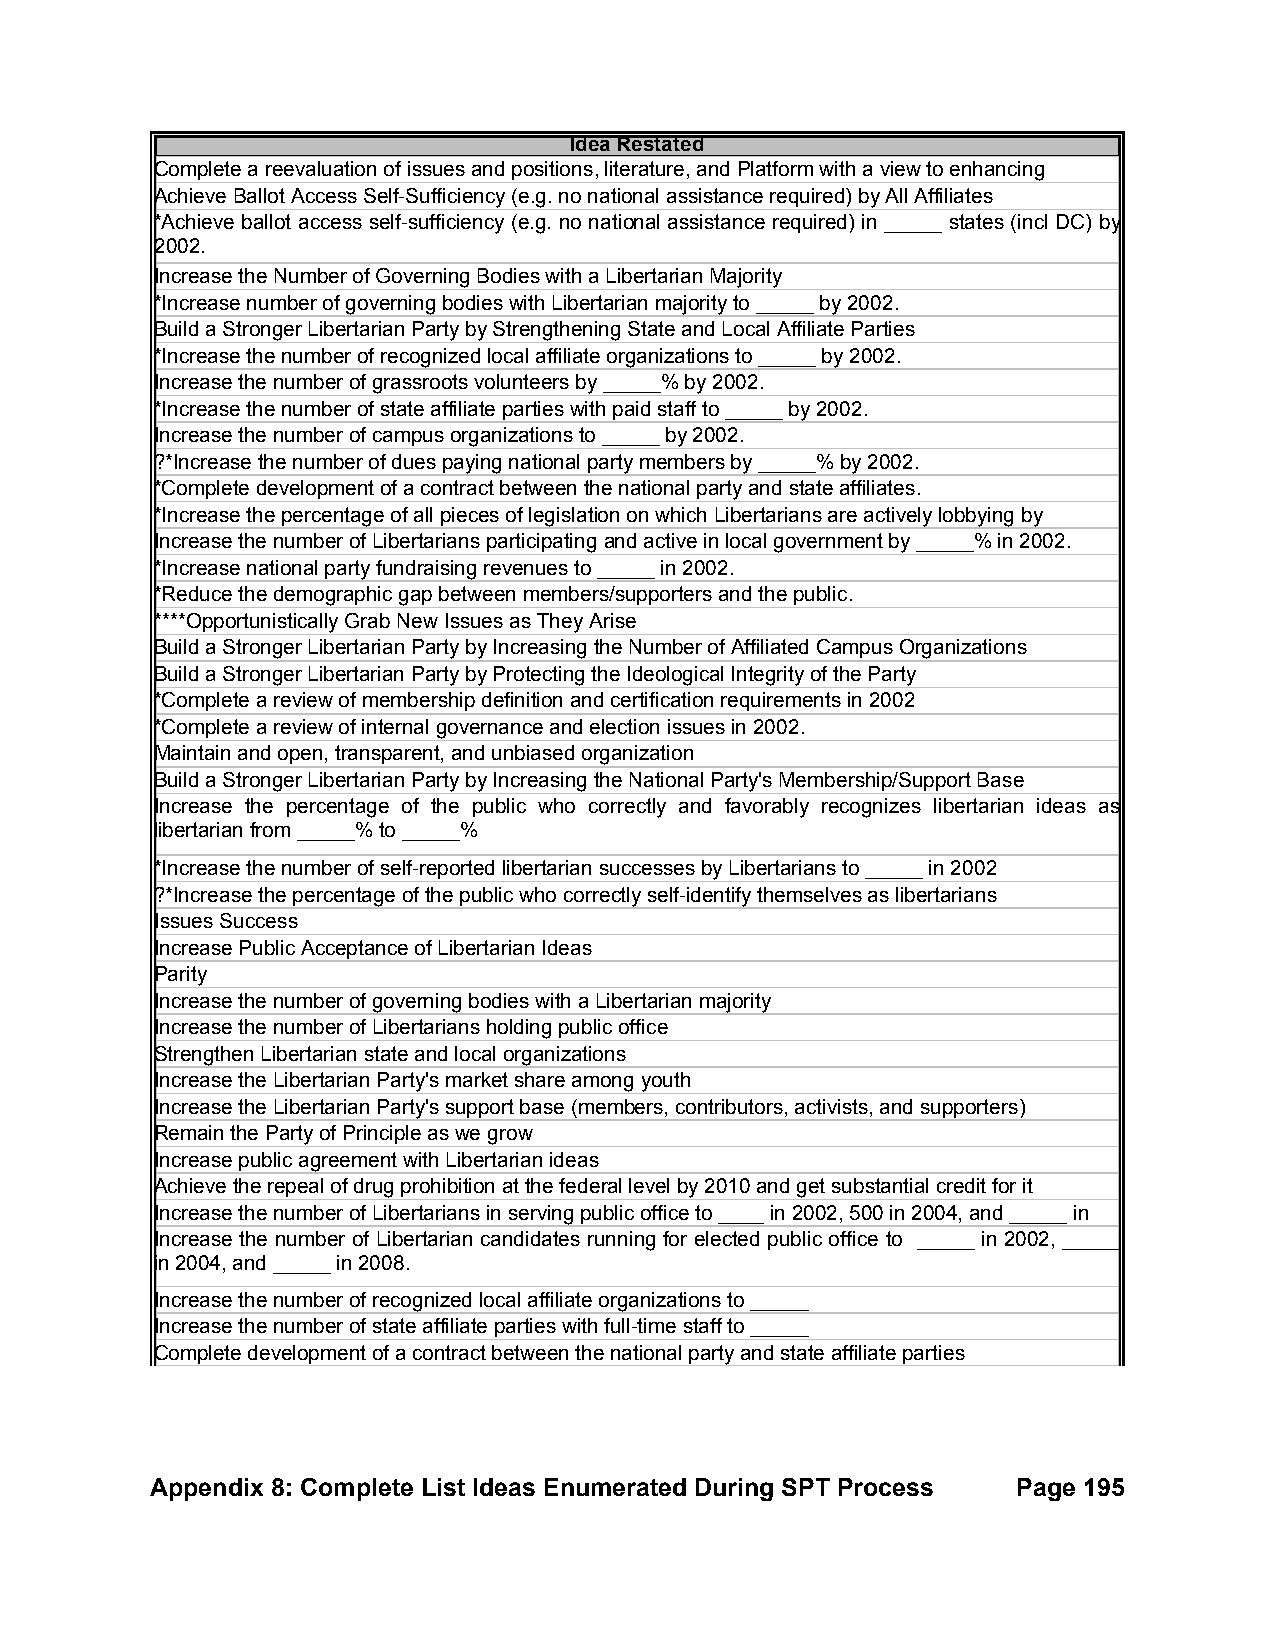
Idea Restated
 Complete a reevaluation of issues and positions, literature, and Platform with a view to enhancing
 Achieve Ballot Access Self-Sufficiency (e.g. no national assistance required) by All Affiliates
 *Achieve ballot access self-sufficiency (e.g. no national assistance required) in _____ states (incl DC) by
 2002.
 Increase the Number of Governing Bodies with a Libertarian Majority
 *Increase number of governing bodies with Libertarian majority to _____ by 2002.
 Build a Stronger Libertarian Party by Strengthening State and Local Affiliate Parties
 *Increase the number of recognized local affiliate organizations to _____ by 2002.
 Increase the number of grassroots volunteers by _____% by 2002.
 *Increase the number of state affiliate parties with paid staff to _____ by 2002.
 Increase the number of campus organizations to _____ by 2002.
 ?*Increase the number of dues paying national party members by _____% by 2002.
 *Complete development of a contract between the national party and state affiliates.
 *Increase the percentage of all pieces of legislation on which Libertarians are actively lobbying by
 Increase the number of Libertarians participating and active in local government by _____% in 2002.
 *Increase national party fundraising revenues to _____ in 2002.
 *Reduce the demographic gap between members/supporters and the public.
 ****Opportunistically Grab New Issues as They Arise
 Build a Stronger Libertarian Party by Increasing the Number of Affiliated Campus Organizations
 Build a Stronger Libertarian Party by Protecting the Ideological Integrity of the Party
 *Complete a review of membership definition and certification requirements in 2002
 *Complete a review of internal governance and election issues in 2002.
 Maintain and open, transparent, and unbiased organization
 Build a Stronger Libertarian Party by Increasing the National Party's Membership/Support Base
 Increase the percentage of the public who correctly and favorably recognizes libertarian ideas as
 libertarian from _____% to _____%
 *Increase the number of self-reported libertarian successes by Libertarians to _____ in 2002
 ?*Increase the percentage of the public who correctly self-identify themselves as libertarians
 Issues Success
 Increase Public Acceptance of Libertarian Ideas
 Parity
 Increase the number of governing bodies with a Libertarian majority
 Increase the number of Libertarians holding public office
 Strengthen Libertarian state and local organizations
 Increase the Libertarian Party's market share among youth
 Increase the Libertarian Party's support base (members, contributors, activists, and supporters)
 Remain the Party of Principle as we grow
 Increase public agreement with Libertarian ideas
 Achieve the repeal of drug prohibition at the federal level by 2010 and get substantial credit for it
 Increase the number of Libertarians in serving public office to ____ in 2002, 500 in 2004, and _____ in
 Increase the number of Libertarian candidates running for elected public office to _____ in 2002, _____
 in 2004, and _____ in 2008.
 Increase the number of recognized local affiliate organizations to _____
 Increase the number of state affiliate parties with full-time staff to _____
 Complete development of a contract between the national party and state affiliate parties
 Appendix 8: Complete List Ideas Enumerated During SPT Process Page 195